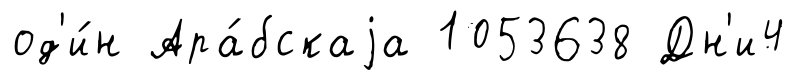
од'и́н Ара́бскаjа 1053638 Дн'и4